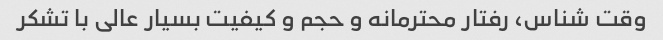
وقت شناس، رفتار محترمانه و حجم و کیفیت بسیار عالی با تشکر